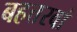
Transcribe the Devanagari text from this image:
बहत्तरवां